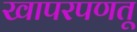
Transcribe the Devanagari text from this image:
खापरपणतू